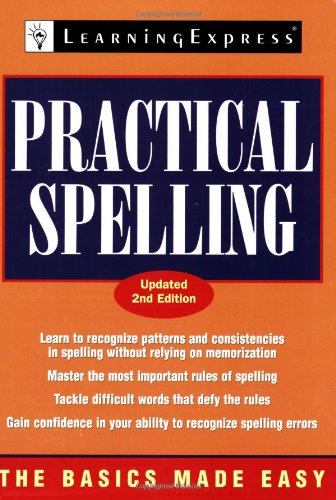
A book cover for Practical Spelling; LearningExpress Editors; Reference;